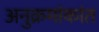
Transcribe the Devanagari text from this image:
अनुक्रमांकांत